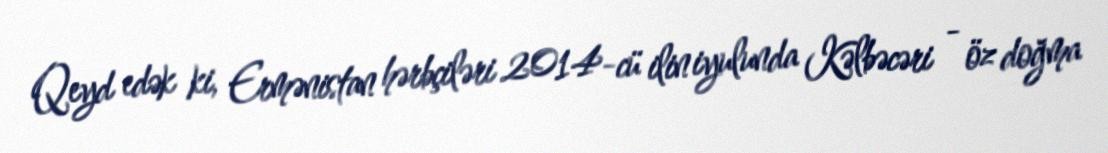
Qeyd edək ki, Ermənistan hərbçiləri 2014-cü ilin iyulunda Kəlbəcəri - öz doğma